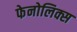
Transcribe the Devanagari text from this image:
फेनोलिक्स